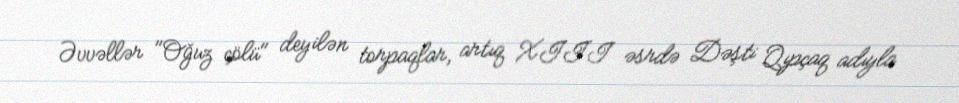
Əvvəllər "Oğuz çölü" deyilən torpaqlar, artıq XIII əsrdə Dəşti Qıpçaq adıyla